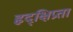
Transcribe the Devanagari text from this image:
हृद्‌क्षिप्रता